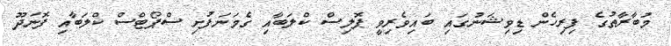
މުބާރާތުގެ ފިރިހެން ޑިވިޝަނުގައި ބައިވެރިވީ ޕޮލިސް ކްލަބާއި ގެމަނަފުށި ސްޕޯޓްސް ކްލަބާއި ފޮނަދޫ